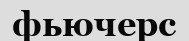
фьючерс